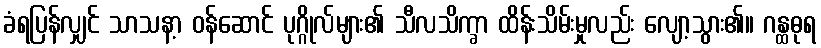
ခံရပြန်လျှင် သာသနာ့ ဝန်ဆောင် ပုဂ္ဂိုလ်များ၏ သီလသိက္ခာ ထိန်းသိမ်းမှုလည်း လျော့သွား၏။ ဂန္ထဓုရ